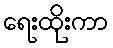
ရေးထိုးကာ